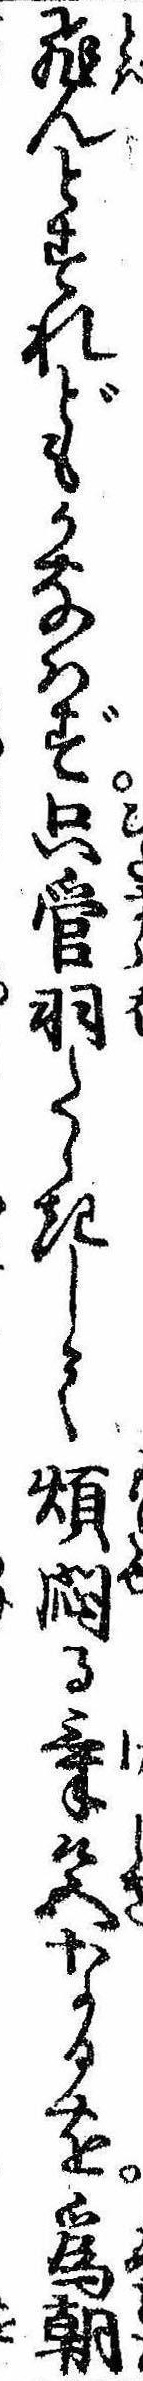
飛んとすれどもかなはず只管羽たゝきして煩悶る気色なるを為朝